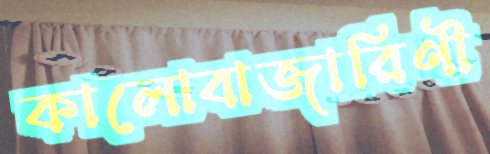
কালোবাজারিণী